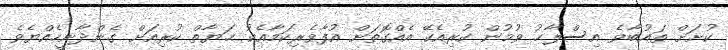
ކުށަށް ތައުބާވެ އިސްލާޙު ވުމުން ކުރިއެކޭ އެއްގޮތަށް އުފާވެރިކަމާއެކު ޙަޔާތް ކުރިއަށް ގެންދާނީހެއްޔެވެ